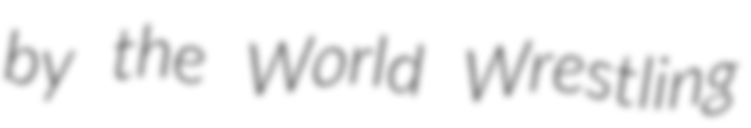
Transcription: by the World Wrestling